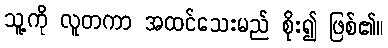
သူ့ကို လူတကာ အထင်သေးမည် စိုး၍ ဖြစ်၏။